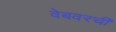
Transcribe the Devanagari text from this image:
वेबवरची